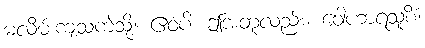
မလိမ်းကျံသကဲ့သို့။ ဧဝံပိ၊ ဤအတူလည်း။ ဝေါဟာရသူစိံ၊